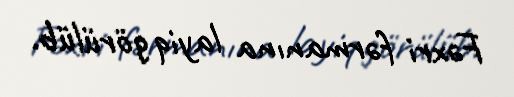
Fəxri fərmanına layiq görülüb.